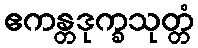
ဧကန္တဒုက္ခသုတ္တံ